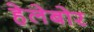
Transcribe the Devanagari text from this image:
हेलेबोर